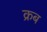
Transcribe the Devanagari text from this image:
क्रब